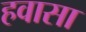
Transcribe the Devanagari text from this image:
हवासा